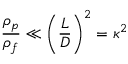
\frac { \rho _ { p } } { \rho _ { f } } \ll \left( { \frac { L } { D } } \right) ^ { 2 } = { \kappa } ^ { 2 }